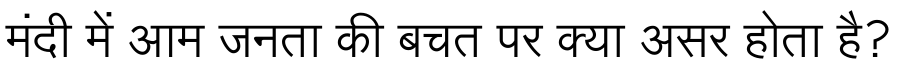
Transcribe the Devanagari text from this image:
मंदी में आम जनता की बचत पर क्या असर होता है?